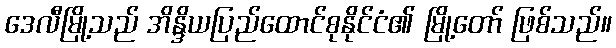
ဒေလီမြို့သည် အိန္ဒိယပြည်ထောင်စုနိုင်ငံ၏ မြို့တော် ဖြစ်သည်။